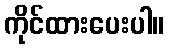
ကိုင်ထားပေးပါ။